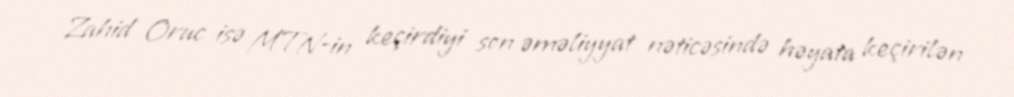
Zahid Oruc isə MTN-in keçirdiyi son əməliyyat nəticəsində həyata keçirilən